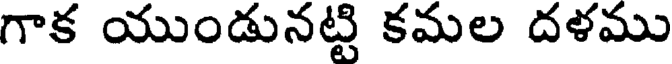
గాక యుండునట్టి కమల దళము